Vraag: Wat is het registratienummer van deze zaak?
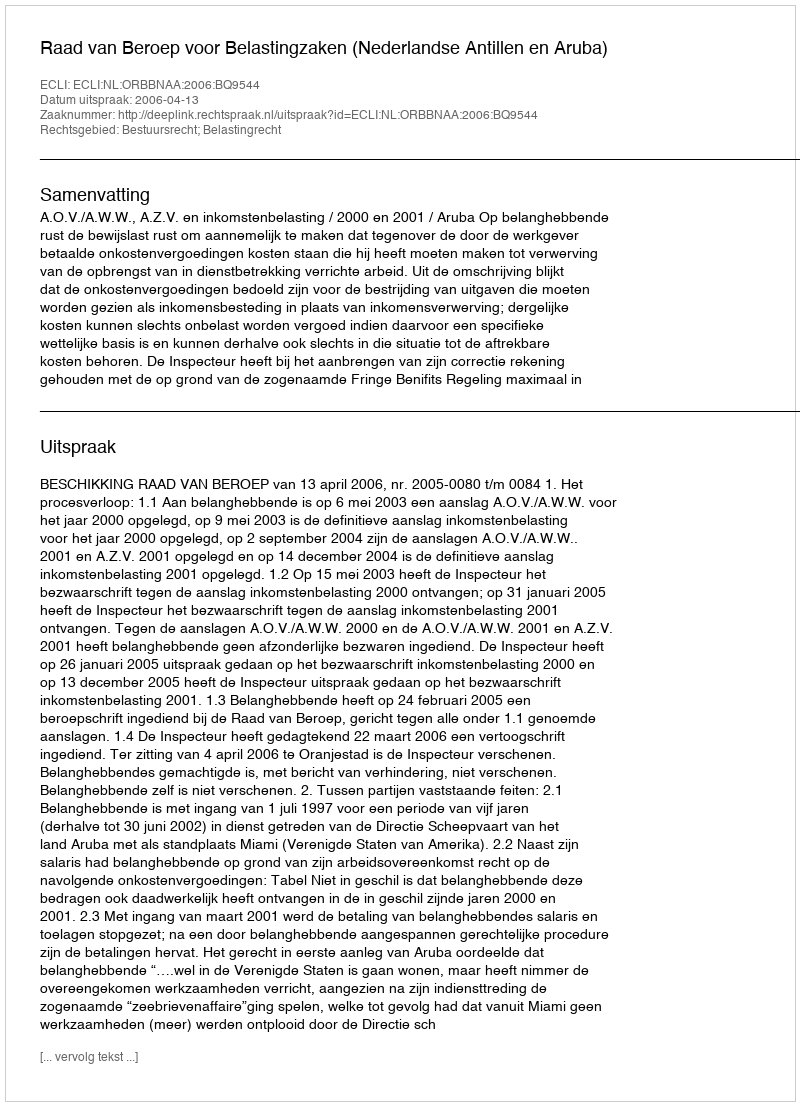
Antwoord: http://deeplink.rechtspraak.nl/uitspraak?id=ECLI:NL:ORBBNAA:2006:BQ9544